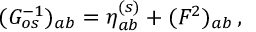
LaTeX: ( G _ { o s } ^ { - 1 } ) _ { a b } = \eta _ { a b } ^ { ( s ) } + ( { \cal F } ^ { 2 } ) _ { a b } \, ,